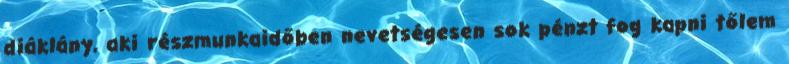
diáklány, aki részmunkaidőben nevetségesen sok pénzt fog kapni tőlem